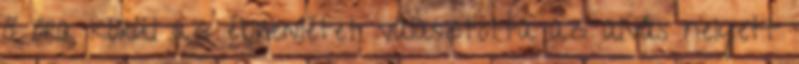
8 óra körül az ébrenlétet választotta az alvás helyett